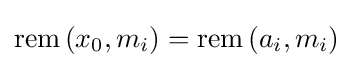
\mathrm {rem} \left(x_{0},m_{i}\right)=\mathrm {rem} \left(a_{i},m_{i}\right)